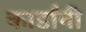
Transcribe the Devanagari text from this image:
कार्डांनी